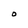
Character: O